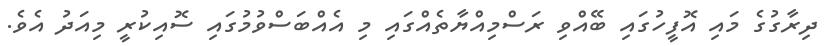
ދިރާގުގެ މައި އޮފީހުގައި ބޭއްވި ރަސްމިއްޔާތެއްގައި މި އެއްބަސްވުމުގައި ސޮއިކުރީ މިއަދު އެވެ.